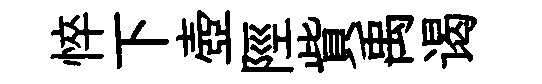
悴下壺陘貲禹谒